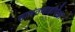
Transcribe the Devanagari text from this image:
सामंतशाहीपेक्षा